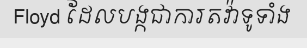
Floyd ដែលបង្កជាការតវ៉ាទូទាំង